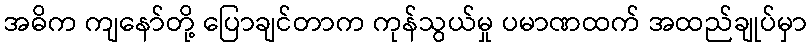
အဓိက ကျနော်တို့ ပြောချင်တာက ကုန်သွယ်မှု ပမာဏထက် အထည်ချုပ်မှာ